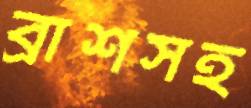
ব্রাশসহ